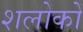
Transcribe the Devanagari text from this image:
शलोकों